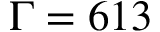
\Gamma = 6 1 3